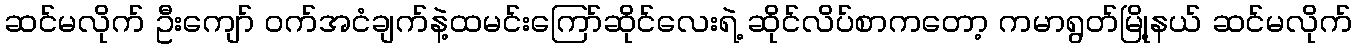
ဆင်မလိုက် ဦးကျော် ဝက်အငံချက်နဲ့ထမင်းကြော်ဆိုင်လေးရဲ့ ဆိုင်လိပ်စာကတော့ ကမာရွတ်မြို့နယ် ဆင်မလိုက်